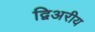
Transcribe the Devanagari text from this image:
द्विअरीय